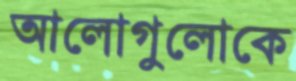
আলোগুলোকে